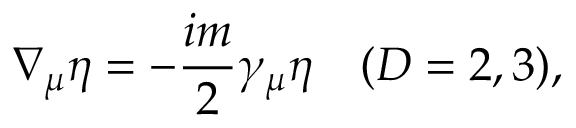
\nabla _ { \mu } \eta = - \frac { i m } { 2 } \gamma _ { \mu } \eta \quad ( D = 2 , 3 ) ,